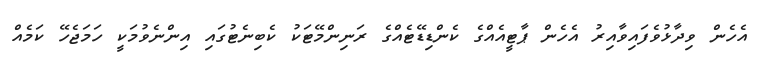
އެހެން ވިދާޅުވެފައިވާއިރު އެހެން ޕާޓީއެއްގެ ކެންޑިޑޭޓެއްގެ ރަނިންމޭޓަކު ކެބިނެޓުގައި އިންނެވުމަކީ ހަމަޖެހޭ ކަމެއް